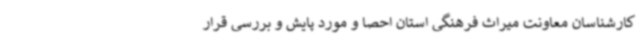
کارشناسان معاونت میراث فرهنگی استان احصا و مورد پایش و بررسی قرار